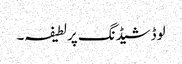
لوڈشیڈنگ پر لطیفہ۔